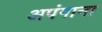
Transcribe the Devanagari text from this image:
अपंगाना